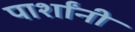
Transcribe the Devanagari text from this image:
पार्शांनी